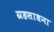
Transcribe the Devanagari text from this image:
ग्रहसाधना